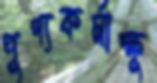
পুণ্যকর্মাক্ষু